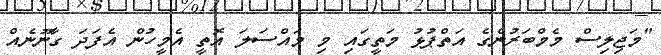
"މަޖިލިސް މެމްބަރުންގެ އަތްޕުޅު މަތީގައި މި މައްސަލަ އޮތީ އެމީހުން އެފަދަ ގާނޫނެއް